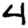
Digit: 4